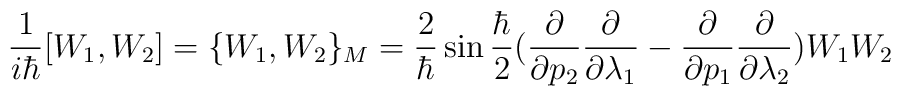
\frac{1}{i \hbar} [ W_{1},W_{2}] =\{ W_{1},W_{2}\} _{M} =\frac{2}{\hbar} \sin \frac{\hbar}{2} (\frac{\partial}{\partial p_{2}}\frac{\partial}{\partial \lambda _{1}} - \frac{\partial}{\partial p_{1}} \frac{\partial}{\partial \lambda _{2}}) W_{1}W_{2}